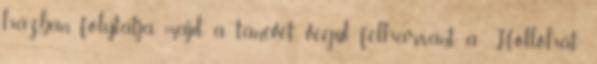
házban folytatja majd a tanévet, végül felharsant a „Hollóhát”